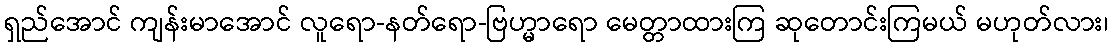
ရှည်အောင် ကျန်းမာအောင် လူရော-နတ်ရော-ဗြဟ္မာရော မေတ္တာထားကြ ဆုတောင်းကြမယ် မဟုတ်လား၊